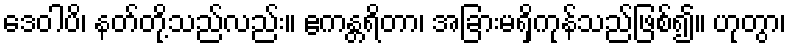
ဒေဝါပိ၊ နတ်တို့သည်လည်း။ ဧကန္တရိတာ၊ အခြားမရှိကုန်သည်ဖြစ်၍။ ဟုတွာ၊